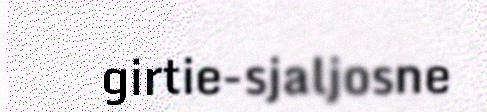
girtie-sjaljosne